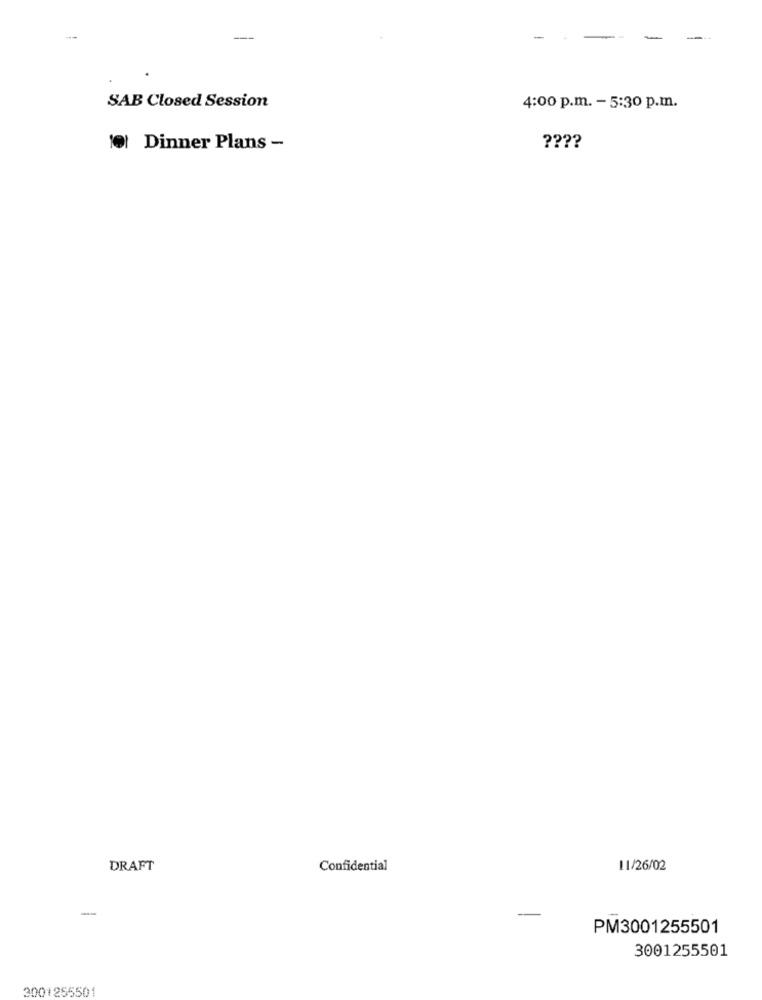
-
-
SAB Closed Session
4:00 p.m. - 5:30 p.m.
????
101 Dinner Plans -
DRAFT
Confidential
11/26/02
-
PM3001255501
3001255501
3001255501